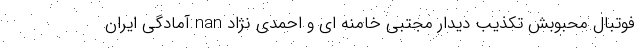
فوتبال محبوبش تکذیب دیدار مجتبی خامنه ای و احمدی نژاد nan آمادگی ایران